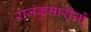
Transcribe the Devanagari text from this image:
राजकुमारीयों